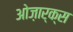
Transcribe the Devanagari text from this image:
ओज़ार्क्स